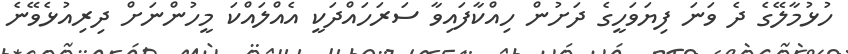
ހުޅުމާލޭގެ ދެ ވަނަ ފިޔަވަހީގެ ދަށުން ހިއްކާފައިވާ ސަރަހައްދަކީ އެއްލައްކަ މީހުންނަށް ދިރިއުޅެވޭނެ